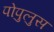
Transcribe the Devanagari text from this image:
पोपुलुस